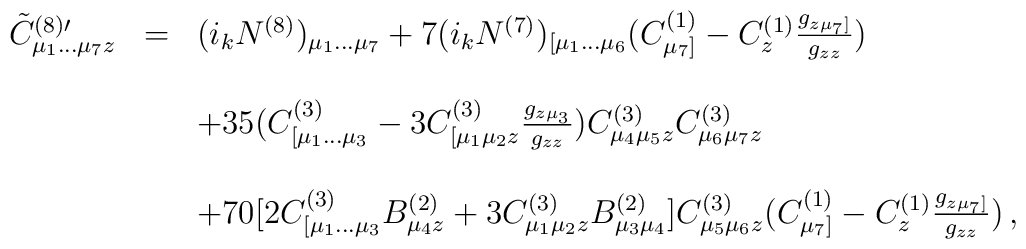
\begin{array}{rcl}{\tilde C}^{(8)\prime}_{\mu_1\dots\mu_7 z}&=&(i_k N^{(8)})_{\mu_1\dots\mu_7}+7(i_k N^{(7)})_{[\mu_1\dots\mu_6}(C^{(1)}_{\mu_7]}-C^{(1)}_z \frac{g_{z\mu_7]}}{g_{zz}})\\& & \\& & +35(C^{(3)}_{[\mu_1\dots\mu_3}-3C^{(3)}_{[\mu_1\mu_2 z}\frac{g_{z\mu_3}}{g_{zz}})C^{(3)}_{\mu_4\mu_5 z}C^{(3)}_{\mu_6\mu_7 z} \\& & \\& & +70 [2C^{(3)}_{[\mu_1\dots\mu_3}B^{(2)}_{\mu_4 z}+ 3C^{(3)}_{\mu_1\mu_2 z}B^{(2)}_{\mu_3\mu_4}]C^{(3)}_{\mu_5\mu_6 z}(C^{(1)}_{\mu_7]}-C^{(1)}_z\frac{g_{z\mu_7]}}{g_{zz}}) \, ,\\\end{array}